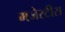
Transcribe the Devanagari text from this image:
मजेस्टीस